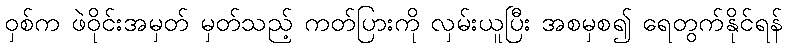
ဝှစ်က ဖဲဝိုင်းအမှတ် မှတ်သည့် ကတ်ပြားကို လှမ်းယူပြီး အစမှစ၍ ရေတွက်နိုင်ရန်